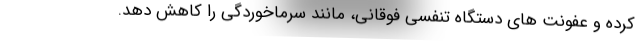
کرده و عفونت های دستگاه تنفسی فوقانی، مانند سرماخوردگی را کاهش دهد.